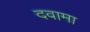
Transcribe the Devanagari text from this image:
दवामा